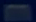
Transcribe